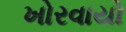
ખોરવાયો